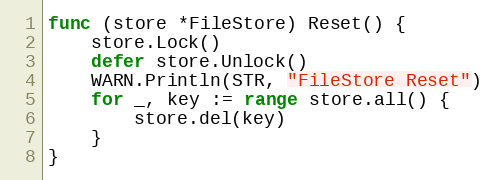
Language: Go
func (store *FileStore) Reset() {
	store.Lock()
	defer store.Unlock()
	WARN.Println(STR, "FileStore Reset")
	for _, key := range store.all() {
		store.del(key)
	}
}